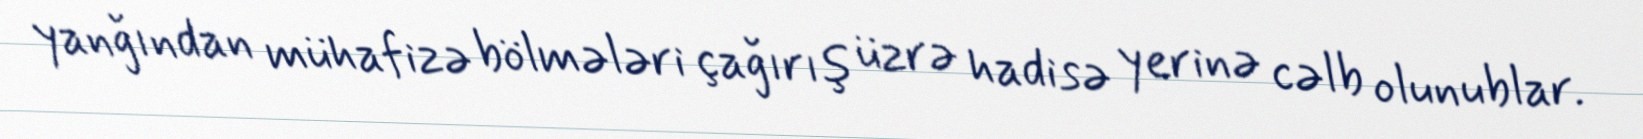
yanğından mühafizə bölmələri çağırış üzrə hadisə yerinə cəlb olunublar.